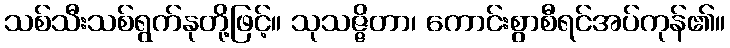
သစ်သီးသစ်ရွက်နုတို့ဖြင့်။ သုသဇ္ဇိတာ၊ ကောင်းစွာစီရင်အပ်ကုန်၏။